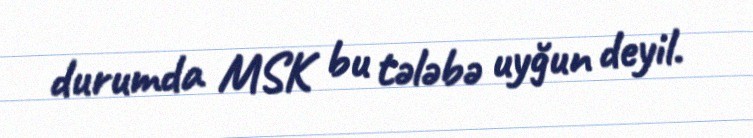
durumda MSK bu tələbə uyğun deyil.